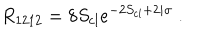
R _ { 1 2 1 2 } = 8 S _ { \mathrm { c l } } e ^ { - 2 S _ { \mathrm { c l } } + 2 i \sigma } \ .